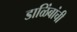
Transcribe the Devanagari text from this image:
डाळिंबांची